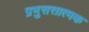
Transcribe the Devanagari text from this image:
प्रभुसत्तात्मक